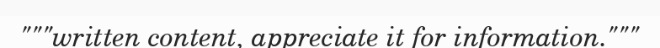
"""written content, appreciate it for information."""